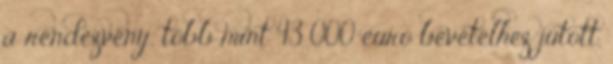
a rendezvény, több mint 43 000 euró bevételhez jutott,